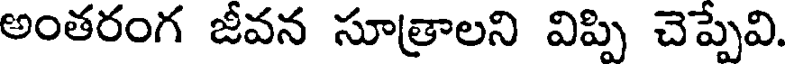
అంతరంగ జీవన సూత్రాలని విప్పి చెప్పేవి.